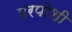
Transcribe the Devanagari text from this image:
परपोशी